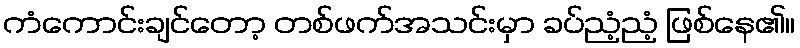
ကံကောင်းချင်တော့ တစ်ဖက်အသင်းမှာ ခပ်ညံ့ညံ့ ဖြစ်နေ၏။